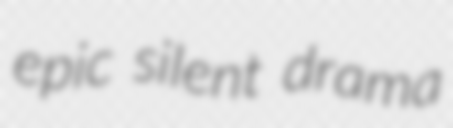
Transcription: epic silent drama